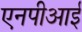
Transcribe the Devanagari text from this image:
एनपीआई